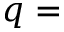
q =